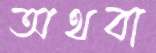
অথবা